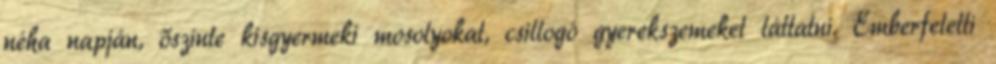
néha napján, őszinte kisgyermeki mosolyokat, csillogó gyerekszemeket láttatni. Emberfeletti